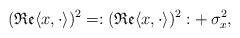
LaTeX: \begin{align*}(\mathfrak{Re}\langle x, \cdot \rangle)^2=:(\mathfrak{Re}\langle x, \cdot \rangle)^2:+\,\sigma_x^2,\end{align*}